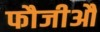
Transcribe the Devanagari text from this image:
फौजीऔ